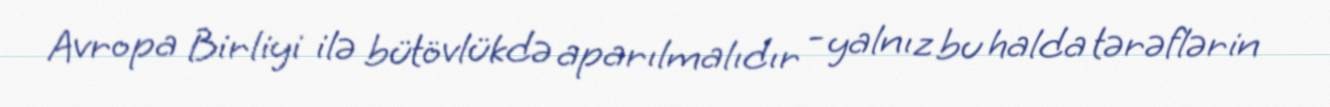
Avropa Birliyi ilə bütövlükdə aparılmalıdır - yalnız bu halda tərəflərin